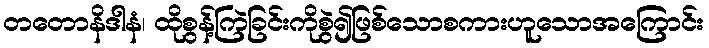
တတောနိဒါနံ၊ ထိုစွန့်ကြဲခြင်းကိုစွဲ၍ဖြစ်သောစကားဟူသောအကြောင်း